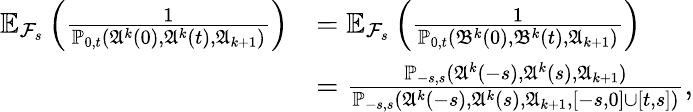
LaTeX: \begin{array}{rl}{\mathbb{E}_{\mathcal{F}_{s}}\left(\frac{1}{\mathbb{P}_{0,t}(\mathfrak{A}^{k}(0),\mathfrak{A}^{k}(t),\mathfrak{A}_{k+1})}\right)}&{=\mathbb{E}_{\mathcal{F}_{s}}\left(\frac{1}{\mathbb{P}_{0,t}(\mathfrak{B}^{k}(0),\mathfrak{B}^{k}(t),\mathfrak{A}_{k+1})}\right)}\\ &{=\frac{\mathbb{P}_{-s,s}(\mathfrak{A}^{k}(-s),\mathfrak{A}^{k}(s),\mathfrak{A}_{k+1})}{\mathbb{P}_{-s,s}(\mathfrak{A}^{k}(-s),\mathfrak{A}^{k}(s),\mathfrak{A}_{k+1},[-s,0]\cup[t,s])},}\end{array}